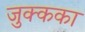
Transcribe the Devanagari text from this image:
जुक्कका